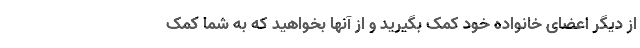
از دیگر اعضای خانواده خود کمک بگیرید و از آنها بخواهید که به شما کمک